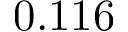
0 . 1 1 6